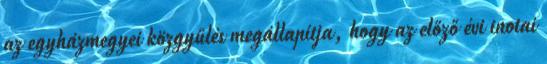
az egyházmegyei közgyűlés megállapítja, hogy az előző évi inotai